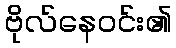
ဗိုလ်နေဝင်း၏